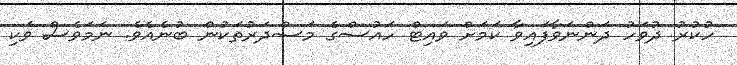
ހުކުރު ދުވަހު ދަންނަވާފައިވާ ކަމަށް ވައިޓް ހައުސްގެ މަސްދަރުތަކުން ބުނެއެވެ. ނަމަވެސް ވަކި